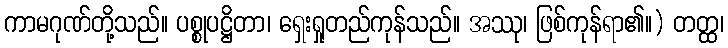
ကာမဂုဏ်တို့သည်။ ပစ္စုပဋ္ဌိတာ၊ ရှေးရှုတည်ကုန်သည်။ အဿု၊ ဖြစ်ကုန်ရာ၏။) တတ္ထ၊